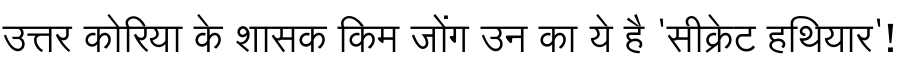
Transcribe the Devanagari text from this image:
उत्तर कोरिया के शासक किम जोंग उन का ये है 'सीक्रेट हथियार'!